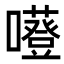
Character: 𡃻